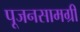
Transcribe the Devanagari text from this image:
पूजनसामग्री